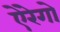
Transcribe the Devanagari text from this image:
ऐंरेगो